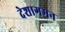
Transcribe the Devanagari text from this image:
देशागमन